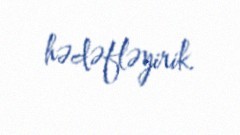
hədəfləyirik.